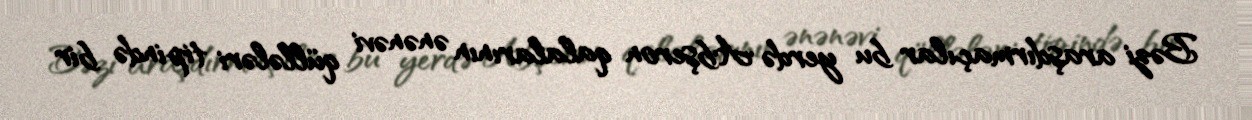
Bəzi araşdırmaçılar bu yerdə Abşeron qalalarının ənənəvi qüllələri tipində bir